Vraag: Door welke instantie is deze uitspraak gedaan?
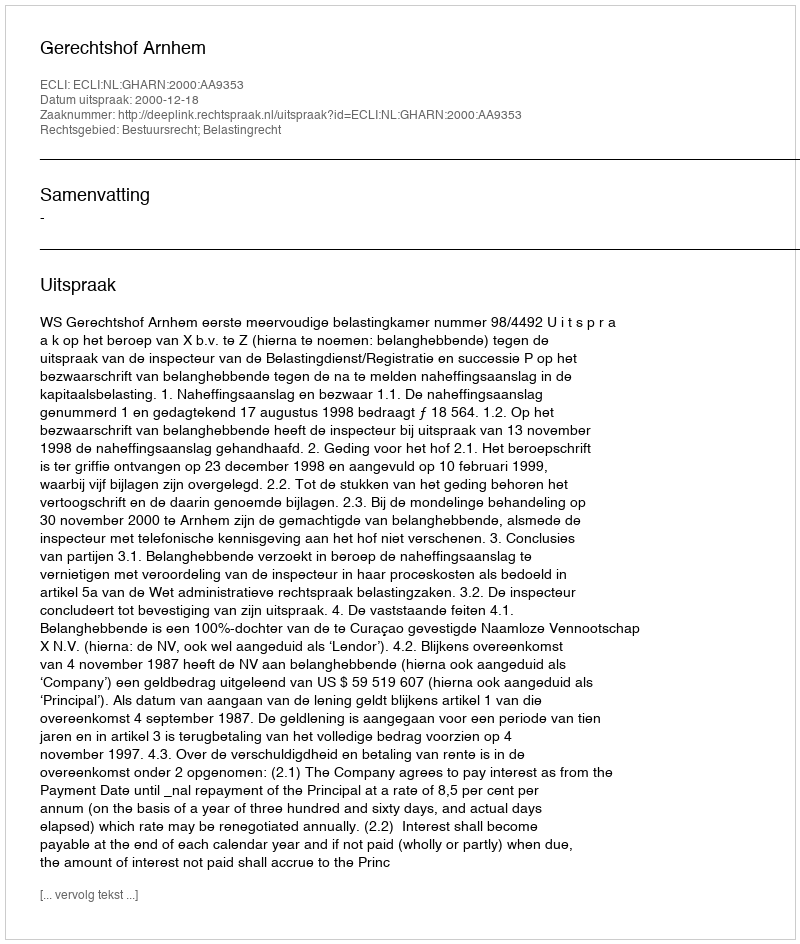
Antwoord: Gerechtshof Arnhem